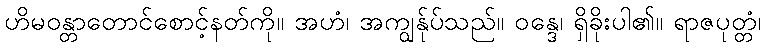
ဟိမဝန္တာတောင်စောင့်နတ်ကို။ အဟံ၊ အကျွန်ုပ်သည်။ ဝန္ဒေ၊ ရှိခိုးပါ၏။ ရာဇပုတ္တံ၊